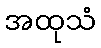
အထုသံ